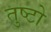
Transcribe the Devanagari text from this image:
तुष्टो